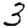
Digit: 3